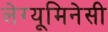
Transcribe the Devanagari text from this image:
लेग्यूमिनेसी